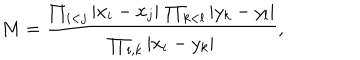
LaTeX: M = \frac { \prod _ { i < j } \vert x _ { i } - x _ { j } \vert \, \prod _ { k < l } \vert y _ { k } - y _ { l } \vert } { \prod _ { i , k } \vert x _ { i } - y _ { k } \vert } ,